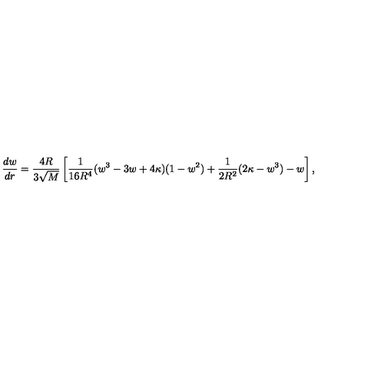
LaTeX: \frac { d w } { d r } = \frac { 4 R } { 3 \sqrt { M } } \left[ \frac { 1 } { 1 6 R ^ { 4 } } ( w ^ { 3 } - 3 w + 4 \kappa ) ( 1 - w ^ { 2 } ) + \frac { 1 } { 2 R ^ { 2 } } ( 2 \kappa - w ^ { 3 } ) - w \right] ,